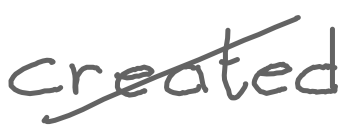
Text: created
Cross-out: diagonal
Writing tool: digital_gray